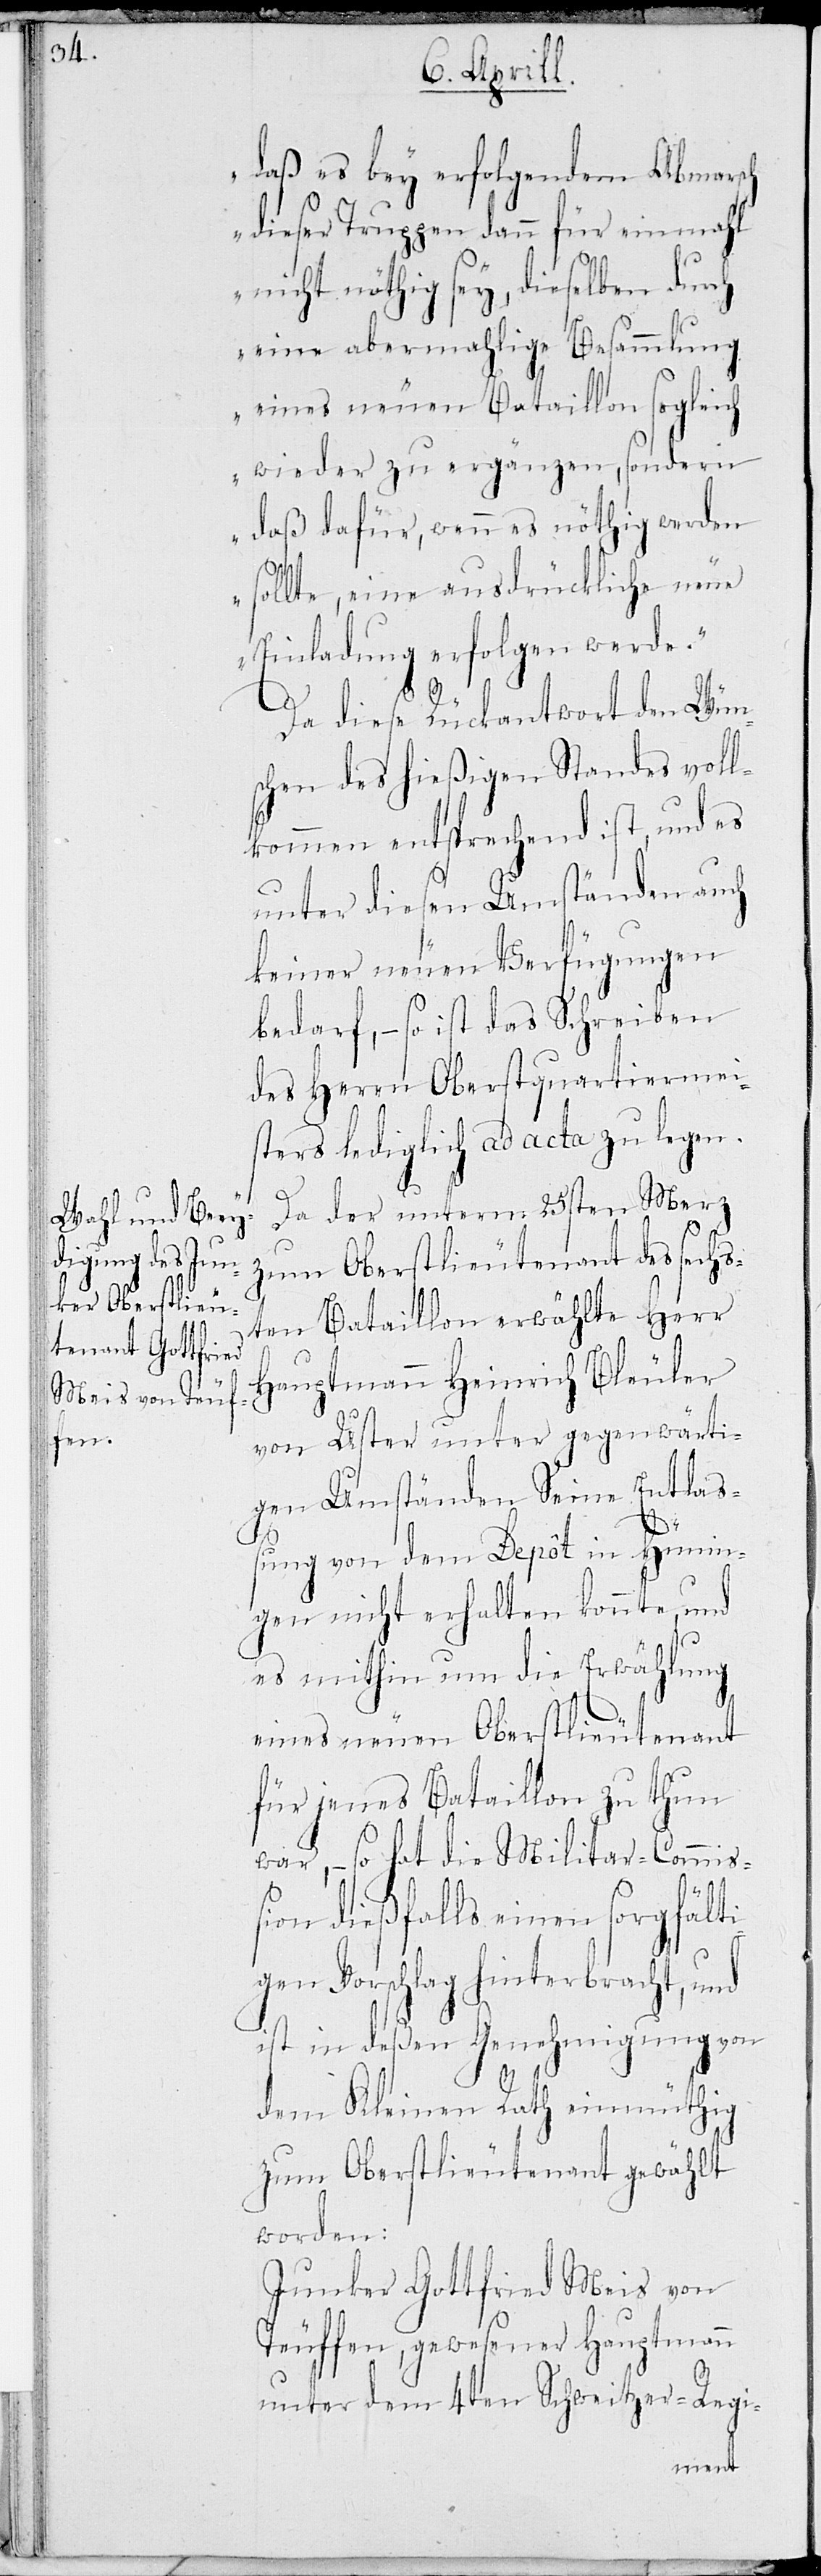
daß es bey erfolgendem Abmarsch
dieser Truppen dann für einmahl
nicht nöthig sey, dieselben durch
eine abermahlige Besammlung
eines neuen Bataillon sogleich
wieder zu ergänzen, sondern
daß dafür, wenn es nöthig werden
sollte, eine ausdrückliche neue
Einladung erfolgen werde.“
Da diese Rückantwort den Wün¬
schen des hießigen Standes voll¬
kommen entsprechend ist, und es
unter diesen Umständen auch
keiner neuen Verfügungen
bedarf, – so ist das Schreiben
des Herrn Oberstquartiermei¬
sters lediglich ad acta zu legen.
Da der unterm 25sten Merz
zum Oberstlieutenant des sechs¬
ten Bataillon erwählte Herr
Hauptmann Heinrich Bleuler
von Uster unter gegenwärti¬
gen Umständen Seine Entlaß¬
ung von dem Depôt in Hünin¬
gen nicht erhalten konnte, und
es mithin um die Erwählung
eines neuen Oberstlieutenant
für jenes Bataillon zu thun
war, – so hat die Militar-Commi¬
ßion dießfalls einen sorgfälti¬
gen Vorschlag hinterbracht, und
ist in deßen Genehmigung von
dem Kleinen Rath einmüthig
zum Oberstlieutenant gewählt
worden:
Junker Gottfried Meis von
Teuffen, gewesener Hauptmann
unter dem 4ten Schweitzer-Regi-